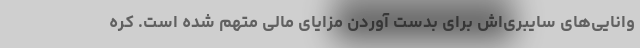
وانایی‌های سایبری‌اش برای بدست آوردن مزایای مالی متهم شده است. کره